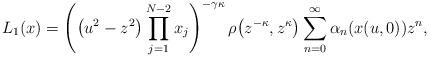
LaTeX: \begin{gather*}L_{1}(x) =\left( \big( u^{2}-z^{2}\big) \prod_{j=1}^{N-2}x_{j}\right) ^{-\gamma\kappa}\rho\big( z^{-\kappa},z^{\kappa}\big)\sum_{n=0}^{\infty}\alpha_{n}(x(u,0)) z^{n},\end{gather*}